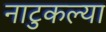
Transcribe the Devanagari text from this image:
नाटुकल्या